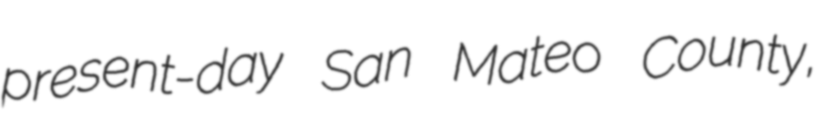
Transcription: present-day San Mateo County,